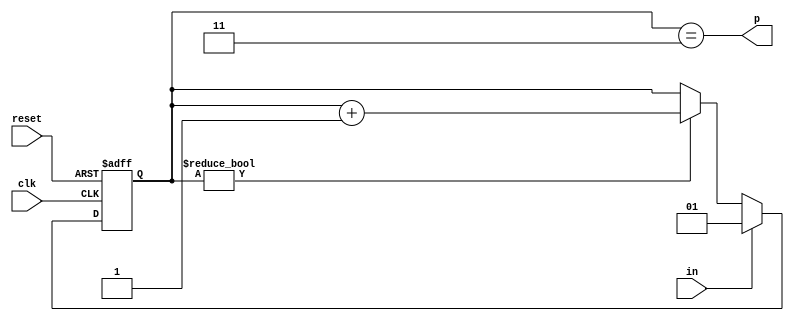
module dly70ns(input clk, input reset, input in, output p);
	reg [2-1:0] r;
	always @(posedge clk or posedge reset) begin
		if(reset)
			r <= 0;
		else begin
			if(r)
				r <= r + 2'b1;
			if(in)
				r <= 1;
		end
	end
	assign p = r == 3;
endmodule